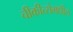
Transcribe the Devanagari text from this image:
चीकीत्सेमधील